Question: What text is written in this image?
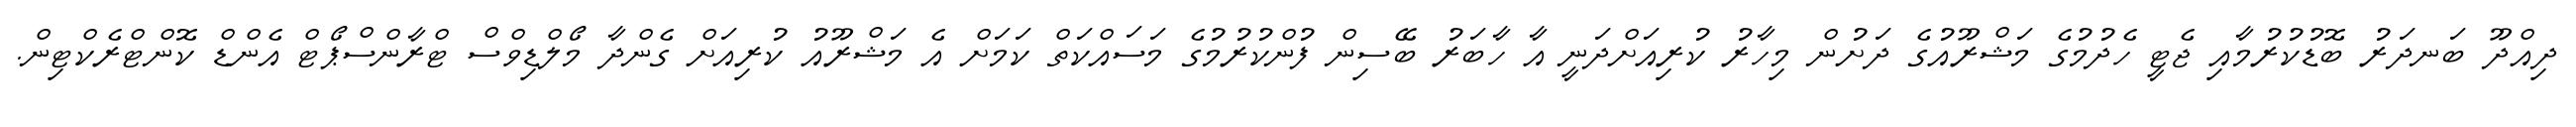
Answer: ދިއްދޫ ބަނދަރު ބޮޑުކުރުމާއި ޖެޓީ ހެދުމުގެ މަޝްރޫއުގެ ދަށުން މިހާރު ކުރިއަށްދަނީ އާ ހާބަރު ބޭސިން ފުންކުރުމުގެ މަސައްކަތް ކަމަށް އެ މަޝްރޫއު ކުރިއަށް ގެންދާ މޯލްޑިވްސް ޓްރާންސްޕޯޓް އެންޑް ކޮންޓްރެކްޓިން.